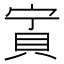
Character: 𧵒